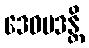
ဒေဝပဒန္တိ